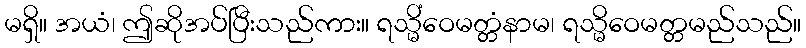
မရှိ။ အယံ၊ ဤဆိုအပ်ပြီးသည်ကား။ ရသ္မိံဝေမတ္တံနာမ၊ ရသ္မိဝေမတ္တမည်သည်။